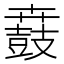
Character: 鼖